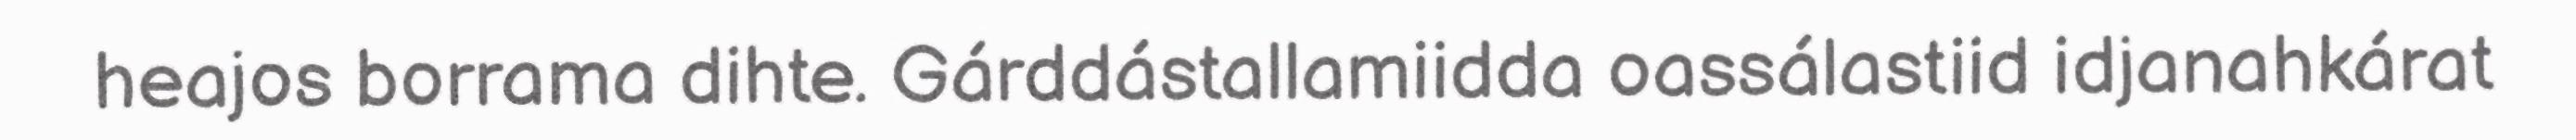
heajos borrama dihte. Gárddástallamiidda oassálastiid idjanahkárat